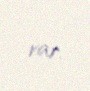
var.